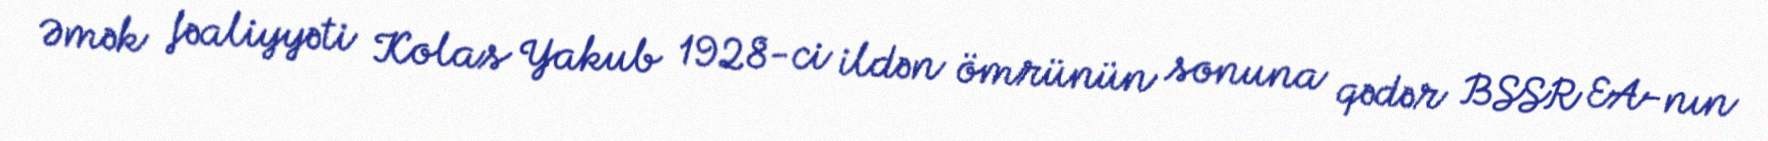
Əmək fəaliyyəti Kolas Yakub 1928-ci ildən ömrünün sonuna qədər BSSR EA-nın